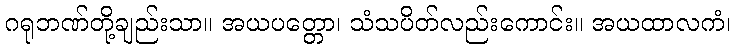
ဂရုဘဏ်တို့ချည်းသာ။ အယပတ္တော၊ သံသပိတ်လည်းကောင်း။ အယထာလကံ၊